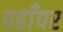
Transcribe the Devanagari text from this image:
वहाँपर